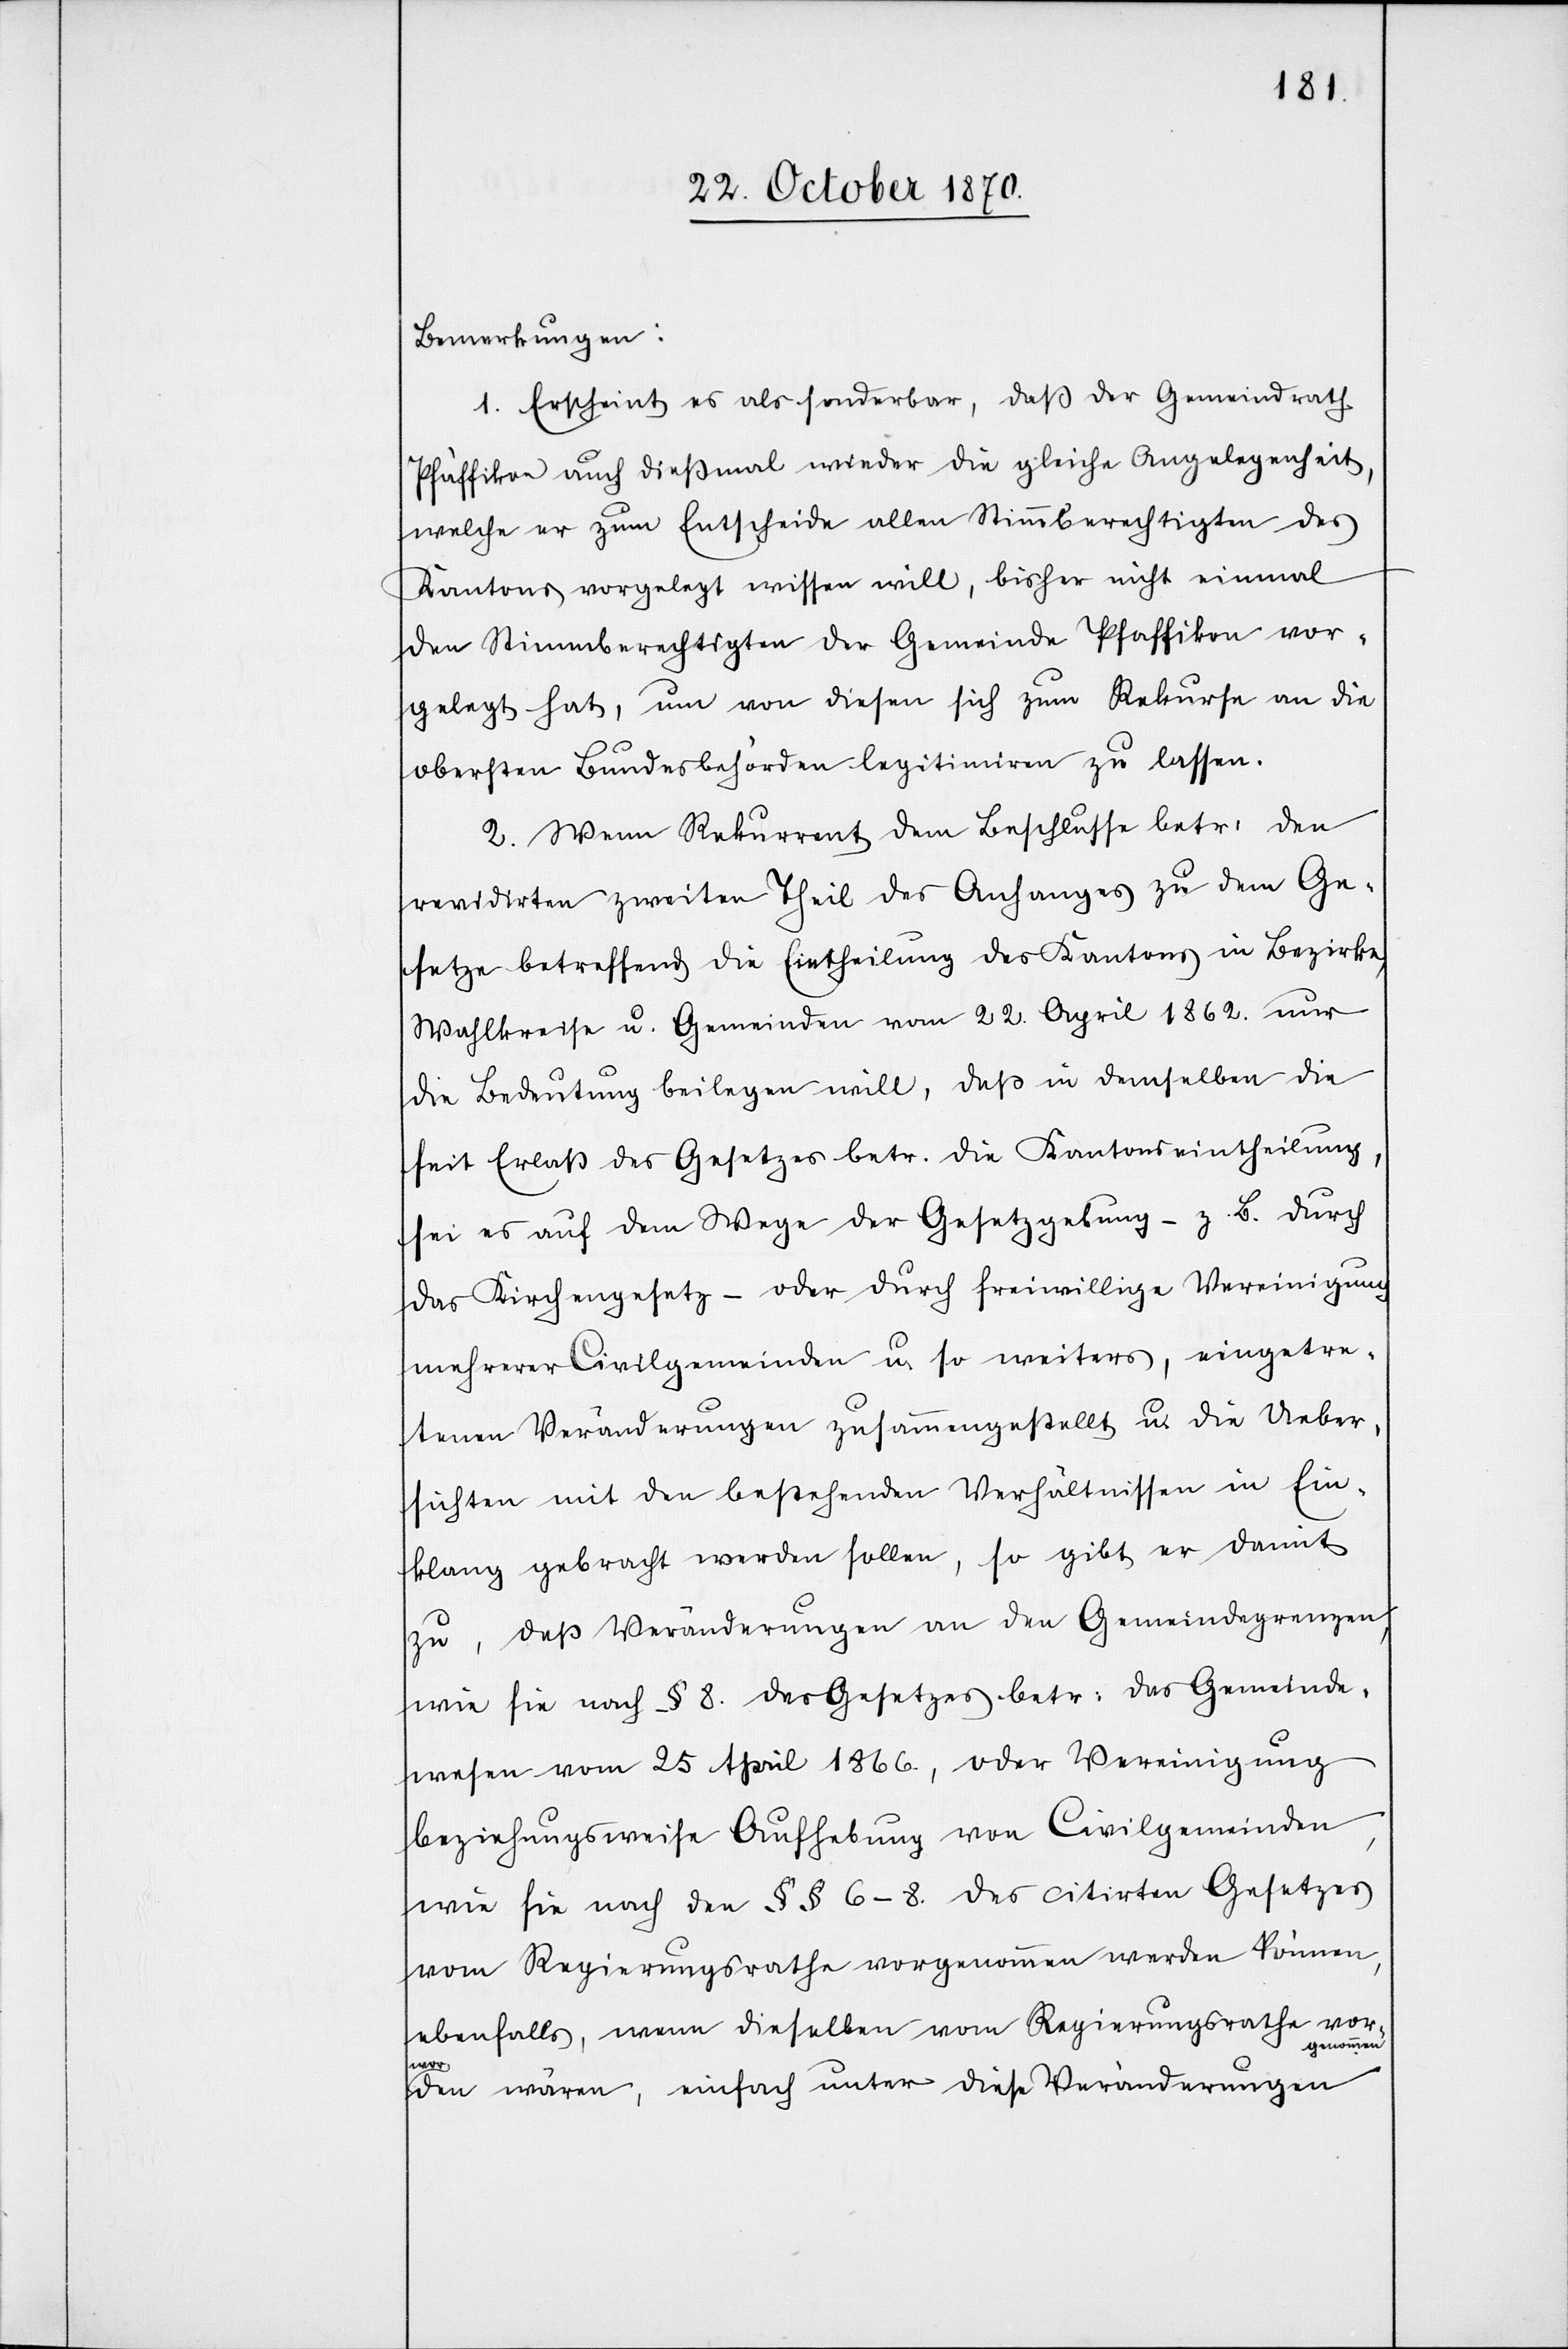
Bemerkungen:
1. Erscheint es als sonderbar, daß der Gemeindrath
Pfäffikon auch dießmal wieder die gleiche Angelegenheit,
welche er zum Entscheide allen Stimmberechtigten des
Kantons vorgelegt wissen will, bisher nicht einmal
den Stimmberechtigten der Gemeinde Pfäffikon vor¬
gelegt hat, um von diesen sich zum Rekurse an die
obersten Bundesbehörden legitimiren zu lassen.
2. Wenn Rekurrent dem Beschlusse betr. den
revidirten zweiten Theil des Anfanges zu dem Ge¬
setze betreffend die Eintheilung des Kantons in Bezirke,
Wahlkreise u. Gemeinden vom 22. April 1862. nur
die Bedeutung beilegen will, daß in demselben die
seit Erlaß des Gesetzes betr. die Kantonseintheilung,
sei es auf dem Wege der Gesetzgebung, z. B. durch
das Kirchengesetz – oder durch freiwillige Vereinigung
mehrerer Civilgemeinden u. so weiter, eingetre¬
tenen Veränderungen zusammengestellt u. die Ueber¬
sichten mit den bestehenden Verhältnissen in Ein¬
klang gebracht werden sollen, so gibt er damit
zu, daß Veränderungen an den Gemeindegrenzen,
wie sie nach § 8 des Gesetzes betr: das Gemeinde¬
wesen vom 25 April 1866, oder Vereinigung
beziehungsweise Aufhebung von Civilgemeinden,
wie sie nach den §§ 6–8. des citirten Gesetzes
vom Regierungsrathe vorgenommen werden können,
ebenfalls, wenn dieselben vom Regierungsrathe vor¬
ommen
gen¬
wor¬
den wären, einfach unter diese Veränderungen